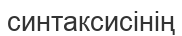
синтаксисінің